Distribution and causation of leprosy in British India
Year: 1875
Disease focus: Leprosy
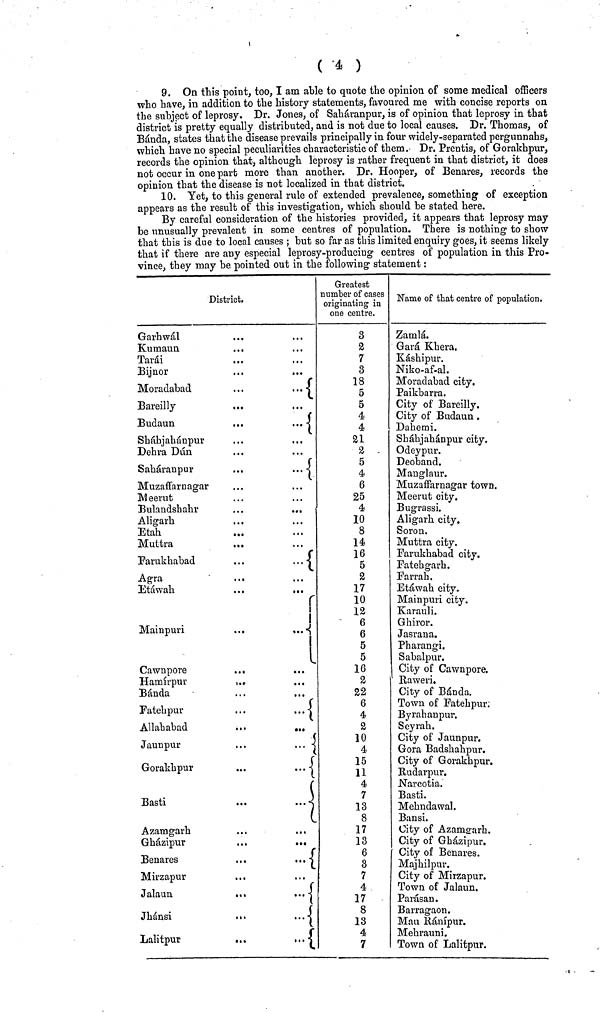
( 4 )
9. On this point, too, I am able to quote the opinion of some medical officers
who have, in addition to the history statements, favoured me with concise reports on
the subject of leprosy. Dr. Jones, of Saháranpur, is of opinion that leprosy in that
district is pretty equally distributed, and is not due to local causes. Dr. Thomas, of
Bánda, states that the disease prevails principally in four widely-separated pergunnahs,
which have no special peculiarities characteristic of them. Dr. Prentis, of Gorakhpur,
records the opinion that, although leprosy is rather frequent in that district, it does
not occur in one part more than another. Dr. Hooper, of Benares, records the
opinion that the disease is not localized in that district.
10. Yet, to this general rule of extended prevalence, something of exception
appears as the result of this investigation, which should be stated here.
By careful consideration of the histories provided, it appears that leprosy may
be unusually prevalent in some centres of population. There is nothing to show
that this is due to local causes ; but so far as this limited enquiry goes, it seems likely
that if there are any especial leprosy-producing centres of population in this Pro-
vince, they may be pointed out in the following statement:
District.
Garh wál
Kumaun
Tarái
Bijnor
Moradabad
Bareilly
Budaun
Sháhjahánpur
Dehra Dún
Saháranpur
Muzaffarnagar
M eerut
Bulandshahr
Aligarh
Etah
Muttra
Farukhabad
Agra
...
Etáwah
Mainpuri
...
Cawnpore
...
Hamírpur
...
Bánda
Fatebpur
Allahabad
Jaunpur
Gorakbpur
Basti
...
Azamgarb
Gbázipur
...
Benares
Mirzapur
Jalaun
...
Jhánsi
....
Lalitpur
...
...
{
{
...
{
. . 1 {
...
. . . {
. . .
... {
... {
{ {
Greatest
number of cases
originating in
one centre.
3
2
7
3
18
5
5
4
4
21
2
5
4
6
25
4
10
8
14
16
5
2
17
10
12
« \j
6
5
5
16
2
22
6
4
2
10
4
15
11
4
7
13
8
17
13
6
3
7
4
17
8
13
4
7
Name of that centre of population.
Zamlá
Gará Khera.
Kásbipur.
Niko-af-al.
Moradabad city.
Paikbarra.
City of Bareilly.
City of Budaun .
Dahemi.
Shábjabánpur city.
Odeypur.
Deoband.
Mauglaur.
Muzaffarnagar town.
Meerut city.
Bugrassi.
Aligarh city.
Soron.
Muttra city.
Farukhabad city.
Fatehgarb.
Far rah.
Etáwah city.
Mainpuri city.
Karauli.
Jasrana.
Pharangi.
Sabalpur.
City of Cawnpore.
Raweri.
City of Bánda.
Town of Fatehpur,
Byrahanpur.
Seyrah.
City of Jaunpur.
Gora Badshahpur.
City of Gorakhpur.
Rudarpur.
Narcotia.
Basti.
Mebndawal.
Bansi.
City of Azamogarh,
City of Gházipur.
City of Benares.
Majhilpur.
City of Mirzapur.
Town of Jalaun.
Parásan.
Barragaon.
Mau Ránípur.
Mehrauni.
Town of Lalitpur.